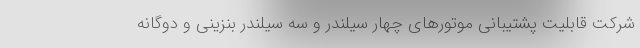
شرکت قابلیت پشتیبانی موتورهای چهار سیلندر و سه سیلندر بنزینی و دوگانه